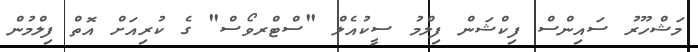
މަޝްހޫރު ސައިންސް ފިކްޝަން ފިލްމު ސީކުއެލް "ސްޓްރވޯސް" ގެ ކުރިއަށް އޮތް ފިލްމުން